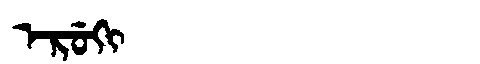
Manchu: ᡝᡵᡠᡴᡳ
Romanization: ERUKI